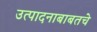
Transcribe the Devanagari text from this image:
उत्पादनाबाबतचे